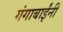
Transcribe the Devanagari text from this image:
गंगाबाईंनी